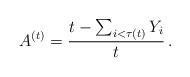
LaTeX: \begin{align*}A^{(t)} = \frac{t - \sum_{i<\tau(t)} Y_i}{t}\,. \end{align*}